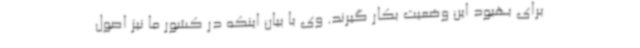
برای بهبود این وضعیت بکار گیرند. وی با بیان اینکه در کشور ما نیز اصول